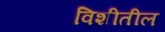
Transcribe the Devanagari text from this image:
विशीतील